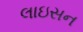
લાઇસન